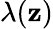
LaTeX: \lambda(\mathbf{z})